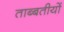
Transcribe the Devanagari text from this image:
ताब्बतीयों